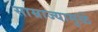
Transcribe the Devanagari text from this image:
साम्राज्यामुळे